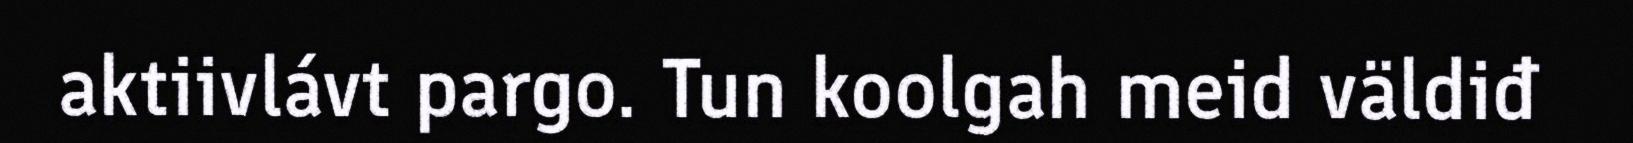
aktiivlávt pargo. Tun koolgah meid väldiđ